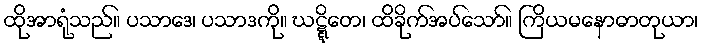
ထိုအာရုံသည်။ ပသာဒေ၊ ပသာဒကို။ ဃဋ္ဋိတေ၊ ထိခိုက်အပ်သော်။ ကြိယမနောဓာတုယာ၊